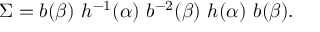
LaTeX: \Sigma = b ( \beta ) \ h ^ { - 1 } ( \alpha ) \ b ^ { - 2 } ( \beta ) \ h ( \alpha ) \ b ( \beta ) .